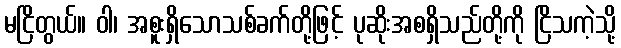
မငြိတွယ်။ ဝါ၊ အစူးရှိသောသစ်ခက်တို့ဖြင့် ပုဆိုးအစရှိသည်တို့ကို ငြိသကဲ့သို့